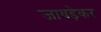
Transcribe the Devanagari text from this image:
जावड़ेकर